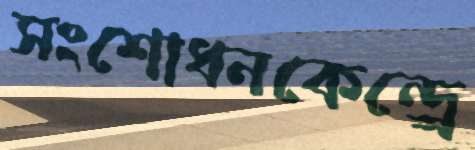
সংশোধনকেন্দ্র্রে